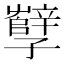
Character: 孼